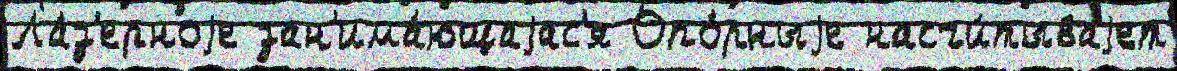
Ла́з'ерноjе зан'има́ющаjас'я Опо́рныjе насчи́тываjет